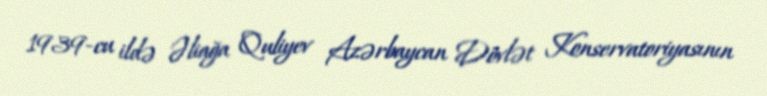
1939-cu ildə Əliağa Quliyev Azərbaycan Dövlət Konservatoriyasının